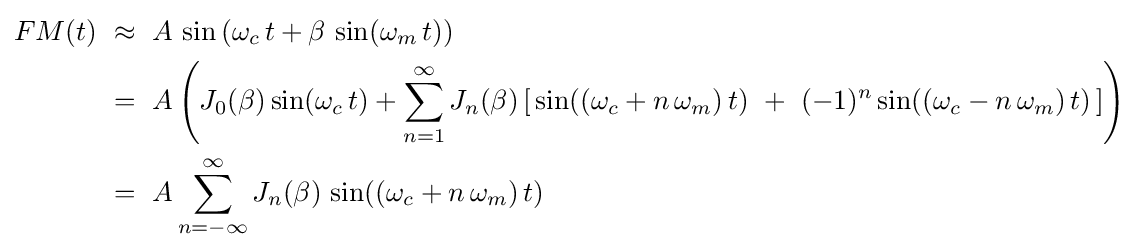
{\begin{aligned}FM(t)&\ \approx \ A\,\sin \left(\omega _{c}\,t+\beta \,\sin(\omega _{m}\,t)\right)\\&\ =\ A\left(J_{0}(\beta )\sin(\omega _{c}\,t)+\sum _{n=1}^{\infty }J_{n}(\beta )\left[\,\sin((\omega _{c}+n\,\omega _{m})\,t)\ +\ (-1)^{n}\sin((\omega _{c}-n\,\omega _{m})\,t)\,\right]\right)\\&\ =\ A\sum _{n=-\infty }^{\infty }J_{n}(\beta )\,\sin((\omega _{c}+n\,\omega _{m})\,t)\end{aligned}}